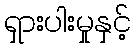
ရှားပါးမှုနှင့်